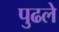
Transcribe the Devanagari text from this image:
पुढले